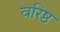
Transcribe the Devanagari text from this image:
वरिष्ठ